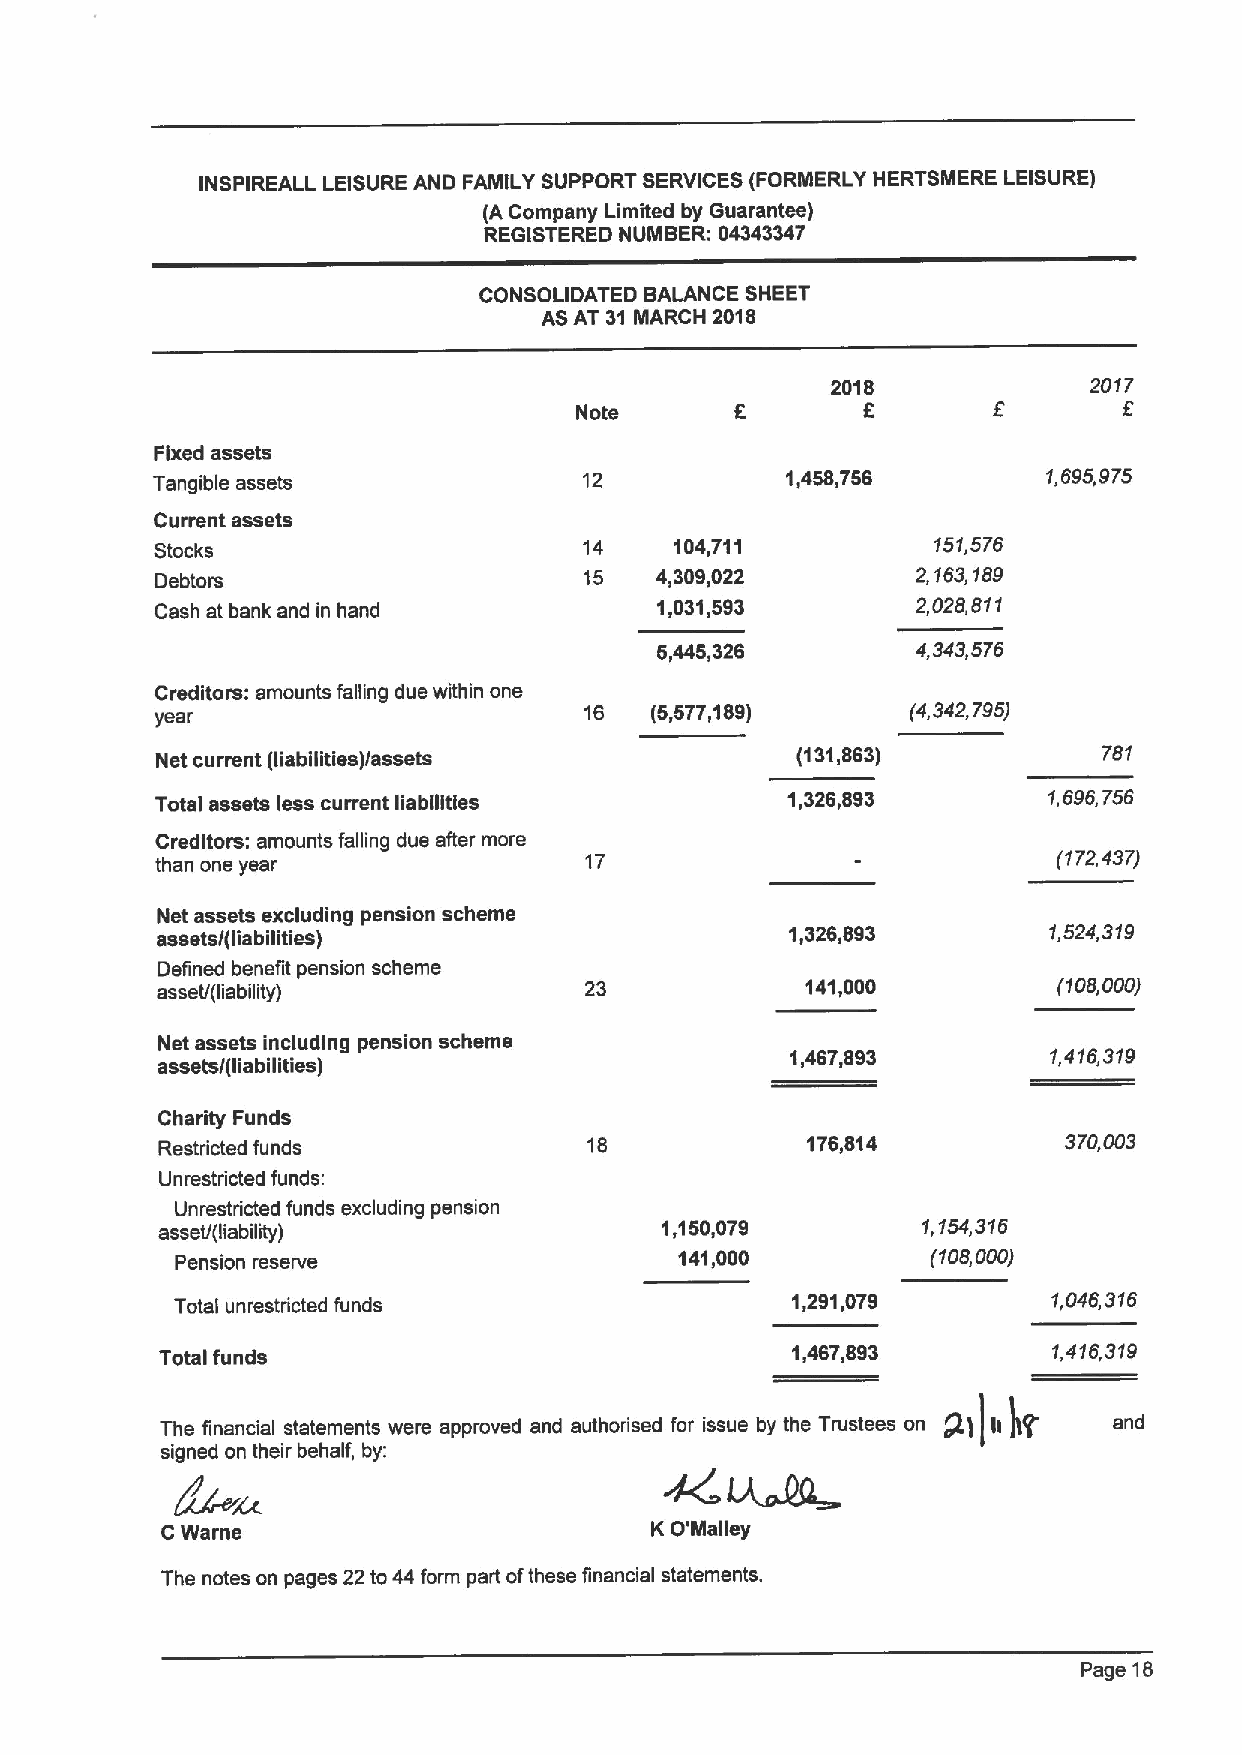
INSPIREALL LEISURE AND FAMILY SUPPORT SERVICES (FORMERLY HERTSMERE LEISURE)
 (A Company Limited by Guarantee)
 REGISTERED NUMBER: 04343347
 CONSOLIDATED BALANCE SHEET
 ASAT 31 MARCH 2018
 2018             2017
 Note               5
 Fixed assets
 Tangible assets              12           1,458,756        1,695,975
 Current assets
 Stocks                       14    104,711          151,576
 Debtors                      15  4,309,022         2,163,189
 Cash at bank and in hand         1,031,593         2,028,811
 5,445,326         4,343,576
 Creditors: amounts falling due within one
 year                         16  (5,577,189)      (4,342,795)
 Net current (liabilities)/assets           (131,863)           781
 Total assets less current liabilities     1,326,893        1,696,756
 Creditors: amounts falling due after more
 than one year                17                             (172,437)
 Net assets excluding pension scheme
 assets/(liabilities)
 1,326,893        1,524,319
 Defined benefit pension scheme
 asset/(liability)            23            141,000          (108,000)
 Net assets including pension scheme
 assets/(liabilities)
 1,467,893         1,416,319
 Charity Funds
 Restricted funds             18            176,814           370,003
 Unrestdicted funds:
 Unrestricted funds excluding pension
 asset/(liability)
 1,150,079        1,154,316
 Pension reserve                  141,000          (108,000)
 Total unrestricted funds
 1,291,079         1,046,316
 Total funds                              1,467,893         1,416,319
 pp l  tl tt  t     pp  ~  d tp t dl t  pptp T t    @lilt)tr    and
 signed on their behalf, by;
 C Warne                         K O'Malley
 The notes on pages 22to44 form part ofthese financial statements.
 Page 18